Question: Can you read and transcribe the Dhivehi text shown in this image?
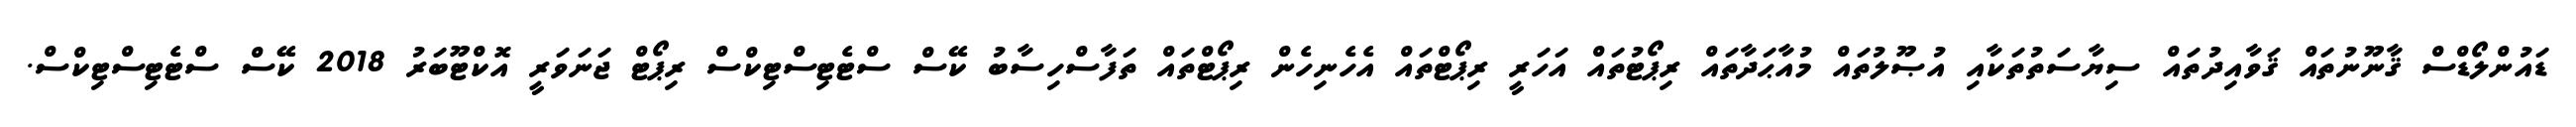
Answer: ޑައުންލޯޑްސް ޤާނޫނުތައް ޤަވާއިދުތައް ސިޔާސަތުތަކާއި އުޞޫލުތައް މުއާޙަދާތައް ރިޕޯޓުތައް އަހަރީ ރިޕޯޓްތައް އެހެނިހެން ރިޕޯޓްތައް ތަފާސްހިސާބު ކޭސް ސްޓެޓިސްޓިކްސް ރިޕޯޓް ޖަނަވަރީ އޮކްޓޫބަރު 2018 ކޭސް ސްޓެޓިސްޓިކްސް.